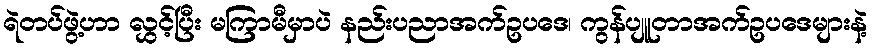
ရဲတပ်ဖွဲ့ဟာ လွှင့်ပြီး မကြာမီမှာပဲ နည်းပညာအက်ဥပဒေ၊ ကွန်ပျူတာအက်ဥပဒေများနဲ့